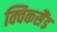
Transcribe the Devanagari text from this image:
क्विकसैंड